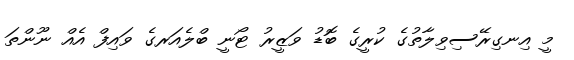
މީ އިނގިރޭސިވިލާތުގެ ކުރީގެ ބޮޑު ވަޒީރު ޓޯނީ ބްލެއަރގެ ވައިފް އެއް ނޫންތަ